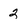
Character: 2